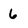
Character: 6